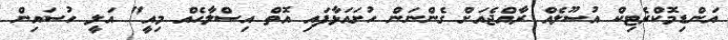
އަންޑިމޮކްރެޓިކް އުސޫލެއް ރާއްޖެއަށް ގެންނަން ހުށައަޅާފައި އޮތް އިސްލާހެއް މިއީ" އަލީ ހުސައިން